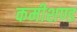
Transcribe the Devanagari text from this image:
कमीशण्ड